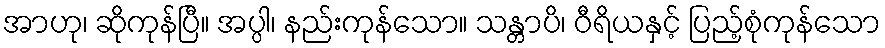
အာဟု၊ ဆိုကုန်ပြီ။ အပ္ပါ၊ နည်းကုန်သော။ သန္တာပိ၊ ဝီရိယနှင့် ပြည့်စုံကုန်သော